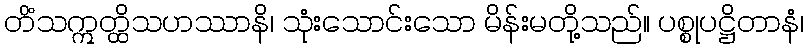
တိံသဣတ္ထိသဟဿာနိ၊ သုံးသောင်းသော မိန်းမတို့သည်။ ပစ္စုပဋ္ဌိတာနံ၊